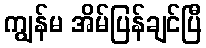
ကျွန်မ အိမ်ပြန်ချင်ပြီ